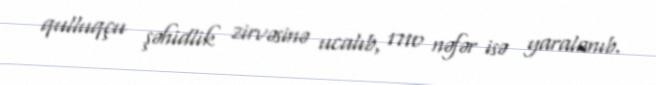
qulluqçu şəhidlik zirvəsinə ucalıb, 1710 nəfər isə yaralanıb.